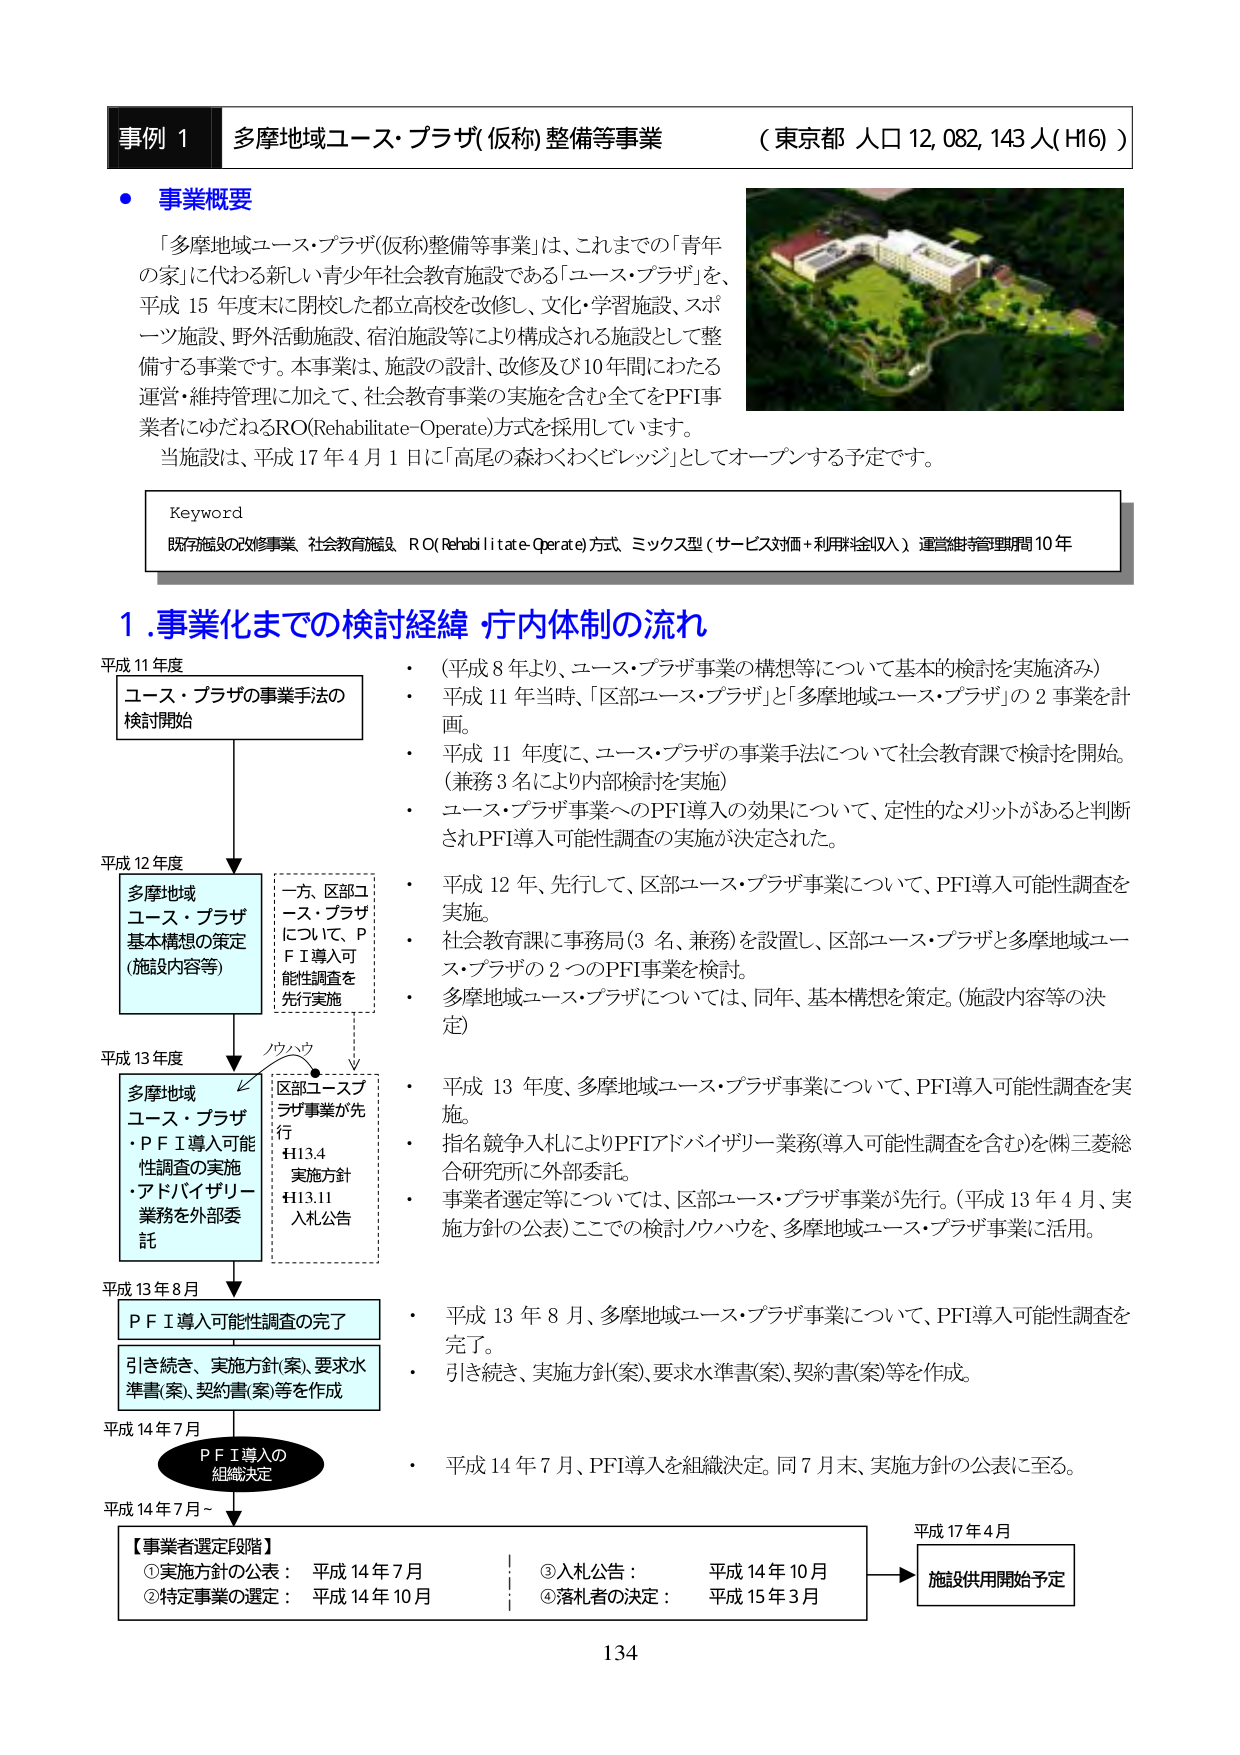
事例 1 多摩地域ユース・プラザ(仮称)整備等事業 （東京都 人口 12,082,143 人(H16)）

・事業概要

「多摩地域ユース・プラザ(仮称)整備等事業」は、これまでの「青年の家」に代わる新しい青少年社会教育施設である「ユース・プラザ」を、平成 15 年度末に閉校した都立高校を改修し、文化・学習施設、スポーツ施設、野外活動施設、宿泊施設等により構成される施設として整備する事業です。本事業は、施設の設計、改修及び 10 年間にわたる運営・維持管理に加えて、社会教育事業の実施を含む全てをPFI事業者にゆだねるRO(Rehabilitate-Operate)方式を採用しています。

当施設は、平成 17 年 4 月 1 日に「高尾の森わくわくビレッジ」としてオープンする予定です。

Keyword
既存施設の改修事業、社会教育施設、RO(Rehabilitate-Operate)方式、ミックス型（サービス対価＋利用料金収入）、運営維持管理期間 10 年

1.事業化までの検討経緯 疗内体制の流れ

平成 11 年度
ユース・プラザの事業手法の
検討開始

・（平成 8 年より、ユース・プラザ事業の構想等について基本的検討を実施済み）
・平成 11 年当時、「区部ユース・プラザ」と「多摩地域ユース・プラザ」の 2 事業を計画。
・平成 11 年度に、ユース・プラザの事業手法について社会教育課で検討を開始。（兼務 3 名により内部検討を実施）
・ユース・プラザ事業へのPFI導入の効果について、定性的なメリットがあると判断されPFI導入可能性調査の実施が決定された。

平成 12 年度
多摩地域
ユース・プラザ
基本構想の策定
（施設内容等）

一方、区部ユース・プラザ
について、PFI導入可能性調査を
先行実施

・平成 12 年、先行して、区部ユース・プラザ事業について、PFI導入可能性調査を実施。
・社会教育課に事務局（3 名、兼務）を設置し、区部ユース・プラザと多摩地域ユース・プラザの 2 つのPFI事業を検討。
・多摩地域ユース・プラザについては、同年、基本構想を策定。（施設内容等の決定）

平成 13 年度
多摩地域
ユース・プラザ
・PFI導入可能性調査の実施
・アドバイザリー業務を外部委託

ノウハウ
区部ユースプラザ事業が先行
H13.4 実施方針
H13.11 入札公告

・平成 13 年度、多摩地域ユース・プラザ事業について、PFI導入可能性調査を実施。
・指名競争入札によりPFIアドバイザリー業務（導入可能性調査を含む）を㈱三菱総合研究所に外部委託。
・事業者選定等については、区部ユース・プラザ事業が先行。（平成 13 年 4 月、実施方針の公表）ここでの検討ノウハウを、多摩地域ユース・プラザ事業に活用。

平成 13 年 8 月
PFI導入可能性調査の完了

引き続き、実施方針(案)、要求水準書(案)、契約書(案)等を作成

・平成 13 年 8 月、多摩地域ユース・プラザ事業について、PFI導入可能性調査を完了。
・引き続き、実施方針(案)、要求水準書(案)、契約書(案)等を作成。

平成 14 年 7 月
PFI導入の
組織決定

・平成 14 年 7 月、PFI導入を組織決定。同 7 月末、実施方針の公表に至る。

平成 14 年 7 月～
【事業者選定段階】
①実施方針の公表： 平成 14 年 7 月
②特定事業の選定： 平成 14 年 10 月
③入札公告： 平成 14 年 10 月
④落札者の決定： 平成 15 年 3 月

平成 17 年 4 月
施設供用開始予定

134